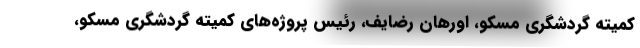
کمیته گردشگری مسکو، اورهان رضایف، رئیس پروژه‌های کمیته گردشگری مسکو،